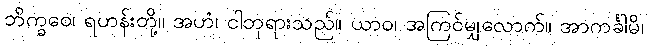
ဘိက္ခဝေ၊ ရဟန်းတို့။ အဟံ၊ ငါဘုရားသည်။ ယာဝ၊ အကြင်မျှလောက်။ အာကင်္ခါမိ၊